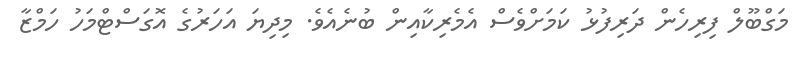
މަގްބޫލް ފިރިހެން ދަރިފުޅު ކަމަށްވެސް އެމެރިކާއިން ބުނެއެވެ. މިދިޔަ އަހަރުގެ އޮގަސްޓްމަހު ހަމްޒާ